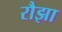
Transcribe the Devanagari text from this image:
रौझा